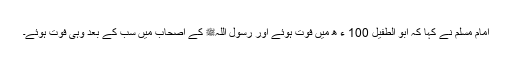
امام مسلم نے کہا کہ ابو الطفیل 100 ء ھ میں فوت ہوئے اور رسول اللہﷺ کے اصحاب میں سب کے بعد وہی فوت ہوئے۔